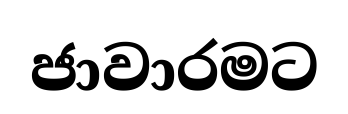
ජාවාරමට